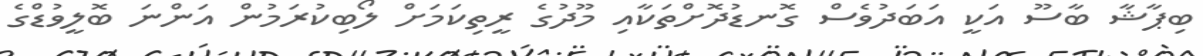
ބިޕާޝާ ބާސޫ އަކީ އަބަދުވެސް ގޮނޑުދޮށްތަކާއި މޫދުގެ ރީތިކަމަށް ލޯބިކުރަަމުން އަންނަ ބޮލީވުޑްގެ